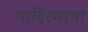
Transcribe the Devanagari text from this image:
गाहिरमाथा